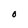
Character: O